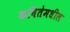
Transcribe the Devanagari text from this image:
कवितेमधील